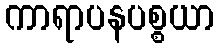
ကာရာပနပစ္စယာ